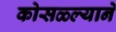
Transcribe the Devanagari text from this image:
कोसळ्ल्याने